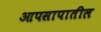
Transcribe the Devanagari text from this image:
आपसापातील